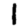
Digit: 1